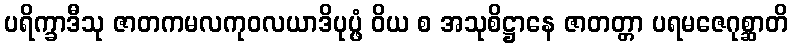
ပရိက္ခာဒီသု ဇာတကမလကုဝလယာဒိပုပ္ဖံ ဝိယ စ အသုစိဋ္ဌာနေ ဇာတတ္တာ ပရမဇေဂုစ္ဆာတိ